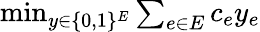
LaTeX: \begin{array}{r}{\operatorname*{min}_{y\in\{ 0,1\} ^{E}}\sum_{e\in E}c_{e}y_{e}}\end{array}